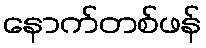
နောက်တစ်ဖန်